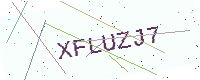
Text: XFLUZJ7